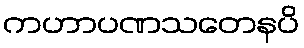
ကဟာပဏသတေနပိ